Annual report on the working of the lock hospitals in the North-Western Provinces and Oudh
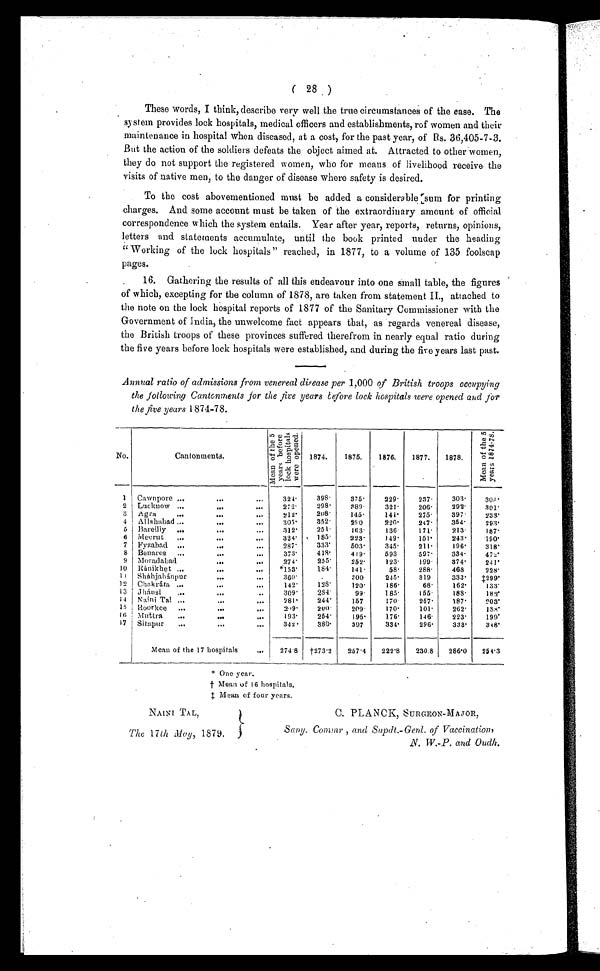
( 28 )
These words, I think, describe very well the true circumstances of the case. The
system provides lock hospitals, medical officers and establishments, rof women and their
maintenance in hospital when diseased, at a cost, for the past year, of Rs. 36,405-7-3.
But the action of the soldiers defeats the object aimed at. Attracted to other women,
they do not support the registered women, who for means of livelihood receive the
visits of native men, to the danger of disease where safety is desired.
To the cost abovementioned must be added a considerable sum for printing
charges. And some account must be taken of the extraordinary amount of official
correspondence which the system entails. Year after year, reports, returns, opinions,
letters and statements accumulate, until the book printed under the heading
" Working of the lock hospitals" reached, in 1877, to a volume of 135 foolscap
pages.
16. Gathering the results of all this endeavour into one small table, the figures
of which, excepting for the column of 1878, are taken from statement II., attached to
the note on the lock hospital reports of 1877 of the Sanitary Commissioner with the
Government of India, the unwelcome fact appears that, as regards venereal disease,
the British troops of these provinces suffered therefrom in nearly equal ratio during
the five years before lock hospitals were established, and during the five years last past.
Annual ratio of admissions from venereal disease per 1,000 of British troops occupying
the following Cantonments for the five years before lock hospitals were opened and for
the five years 1874-78.
No.
Cantonments.
Me a n o f t h e 5 y e a r s b e f o r e l o c k h o s p i t a l s w e r e o p e n e d .
1874.
1875.
1876.
1877.
1878.
M e a n o f t h e 5 y e a r s 1 8 7 4 - 7 8 .
1 Cawnpore ...
... ...
324.
398.
375.
229.
2 3 7 .
303.
308.
2 Lucknow ...
...
•••
272.
2 9 8 .
3 8 9 .
321.
206.
292.
301.
3 Agra
•••
..•• ...
212.
2 0 8 .
1 4 5 .
141.
275.
3 9 7 . 233.
4 Allahabad
...
....
305.
352.
2 9 0 .
220.'
247.
354.
293.
5 Bareilly ...
...
312.
2 5 1 .
163.
136.
171.
213.
187.
6 Meerut ,..
..
• • •
324.
185.
223.
149.
151.
243.
190.
7 Fyzabad ...
...
...
287.
333.
503.
345.
211.
1 9 6 . 318.
8 Benares ...
.••
.•.
373.
4 1 8 .
419.
593.
597.
334.
4 7 2 .
9 Moradabad
... ...
274.
255.
252.
123.
199.
374.
241.
10 Ránikhet ...
..
...
*153.
184.
141.
58.
288.
468.
228.
11 Sháhjahánpur
.••
••
360.
.
300.
2 4 5 .
319.
3 3 3 . ‡299.
12 Chakráta ...
...
142.
128.
120.
186.
6 8 .
162.
1 3 3 .
13 Jhánsi
...
...
..
309.
284.
9 9 .
1 8 5 .
1 5 5 .
188.
182.
14 Naini Tal...
...
••
281.
244.
157.
1 7 0 .
257.
187.
203.
15 Roorkee ...
...
...
2 0 9 .
200.
209.
170.
101.
262.
1 8 8 .
1 6 Mutter
•••
•..
••
1 9 3 .
254.
195.
176.
146.
223.
199.
1 7 Sitapur... ...
...
342.
3 8 0 .
397.
334.
2 9 6 .
3 3 3 . 348.
Mean of the 17 hospitals
...
2 7 4 . 8
† 2 7 3 . 2
2 5 7 . 4 222.8
230.8
286.0
254'3
*
O n e y e a r .
† M e a n o f 1 6 h o s p i t a l s .
‡ M e a n o f f o u r y e a r s .
NAINI TAL,
C. PLANCK, SURGEON-MAJOR,
The 17 th May, 1879,
Sany. Commr , and Supdt.-Genl. of Vaccination,
N. W.-P. and Ouch.